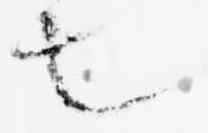
也